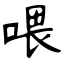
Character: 喂